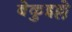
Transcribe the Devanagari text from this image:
बेकुइल्ले